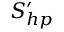
S _ { h p } ^ { \prime }